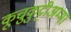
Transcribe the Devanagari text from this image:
कूचुकुट्टीअम्मा